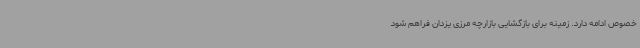
خصوص ادامه دارد. زمینه برای بازگشایی بازارچه مرزی یزدان فراهم شود